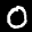
Label: 0